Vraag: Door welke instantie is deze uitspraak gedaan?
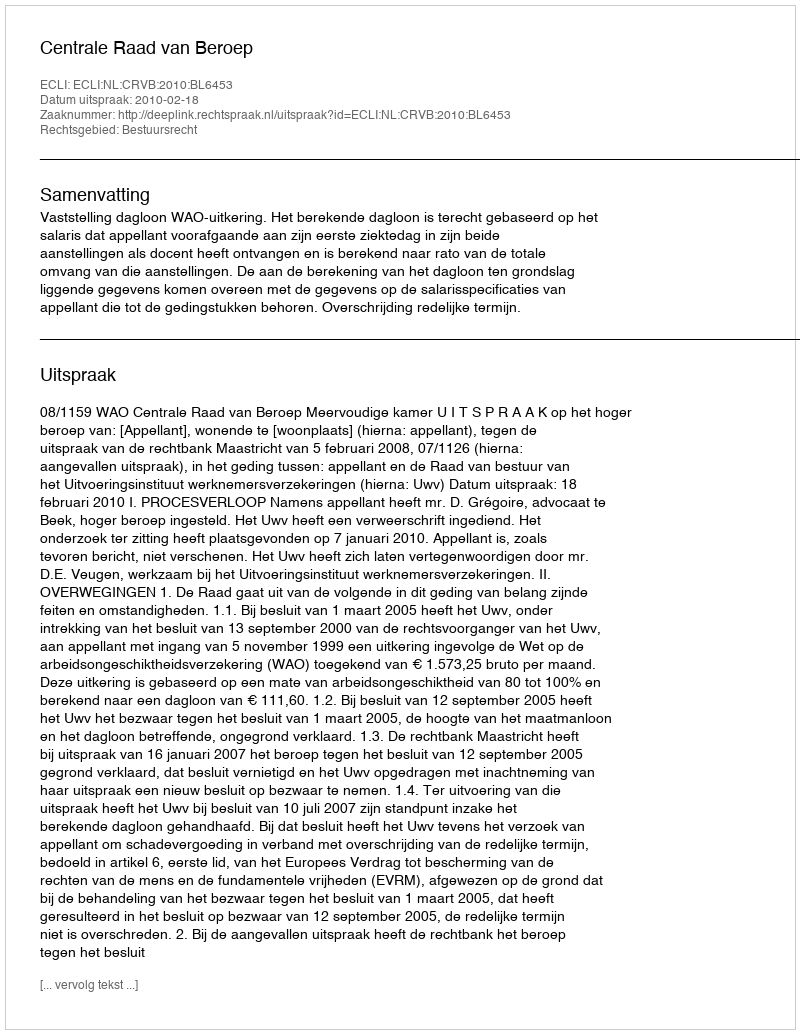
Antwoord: Centrale Raad van Beroep